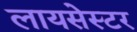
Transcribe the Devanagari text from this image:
लायसेस्टर